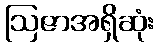
ဩဇာအရှိဆုံး